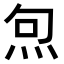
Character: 𭴔